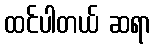
ထင်ပါတယ် ဆရာ